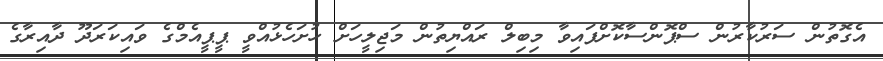
އެގޮތުން ސަރުކާރުން ސްޕޮންސާކޮށްފައިވާ މިބިލް ރައްޔިތުން މަޖިލީހަށް ހުށަހެޅުއްވީ ޕީޕީއެމްގެ ވައިކަރަދޫ ދާއިރާގެ